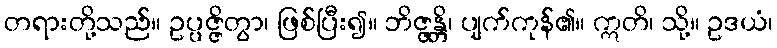
တရားတို့သည်။ ဥပ္ပဇ္ဇိတွာ၊ ဖြစ်ပြီး၍။ ဘိဇ္ဇန္တိ၊ ပျက်ကုန်၏။ ဣတိ၊ သို့။ ဥဒယံ၊